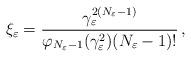
LaTeX: \begin{align*}\xi_\varepsilon=\frac{\gamma_\varepsilon^{2(N_\varepsilon-1)}}{\varphi_{N_\varepsilon-1}(\gamma_\varepsilon^2)(N_\varepsilon-1) !}\,,\end{align*}